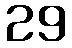
29